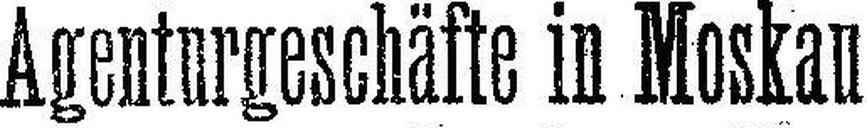
Agenturgeschäfte in Moskau